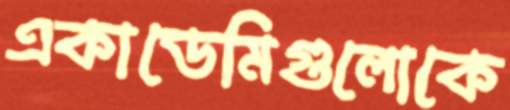
একাডেমিগুলোকে